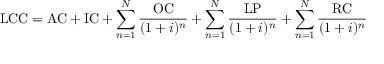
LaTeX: { \mathrm { L C C } } = { \mathrm { A C } } + { \mathrm { I C } } + \sum _ { n = 1 } ^ { N } { \frac { \mathrm { O C } } { ( 1 + i ) ^ { n } } } + \sum _ { n = 1 } ^ { N } { \frac { \mathrm { L P } } { ( 1 + i ) ^ { n } } } + \sum _ { n = 1 } ^ { N } { \frac { \mathrm { R C } } { ( 1 + i ) ^ { n } } }